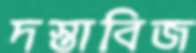
দস্তাবিজ